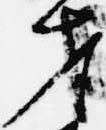
才